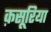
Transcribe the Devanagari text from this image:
क़सूरिया